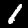
Digit: 1